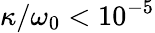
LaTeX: \kappa/\omega_{0}<10^{-5}